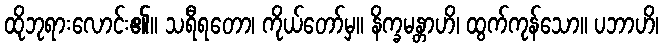
ထိုဘုရားလောင်း၏။ သရီရတော၊ ကိုယ်တော်မှ။ နိက္ခမန္တာဟိ၊ ထွက်ကုန်သော။ ပဘာဟိ၊